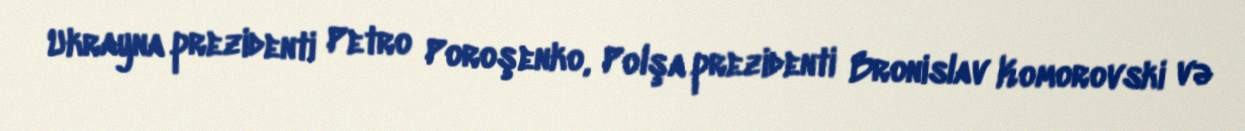
Ukrayna prezidenti Petro Poroşenko, Polşa prezidenti Bronislav Komorovski və